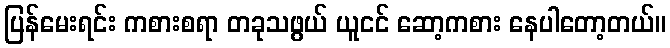
ပြန်မေးရင်း ကစားစရာ တခုသဖွယ် ယူငင် ဆော့ကစား နေပါတော့တယ်။